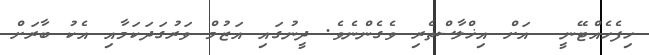
ހިފެހެއްޓޭނީ  އަށް އިޚްލާސްތެރި ވެގެންނެވެ. ދީނުގައި އަޒުމް ވަރުގަދަކަމާއި އެކު ބާރަށް